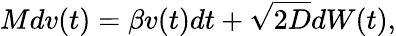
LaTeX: Mdv(t)=\beta v(t)dt+\sqrt{2D}dW(t),